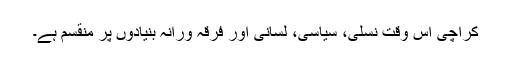
کراچی اس وقت نسلی، سیاسی، لسانی اور فرقہ ورانہ بنیادوں پر منقسم ہے۔